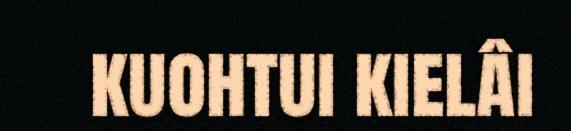
kuohtui kielâi